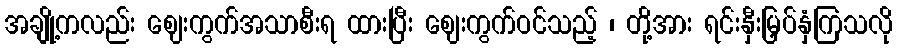
အချို့ကလည်း ဈေးကွက်အသာစီးရ ထားပြီး ဈေးကွက်ဝင်သည့် ၊ တို့အား ရင်းနှီးမြှပ်နှံကြသလို